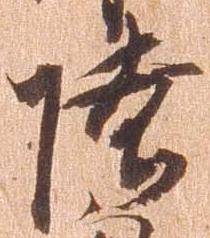
陸